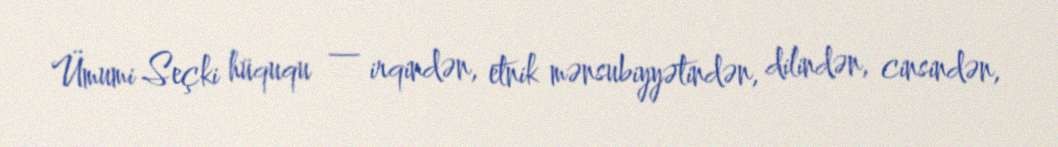
Ümumi Seçki hüququ — irqindən, etnik mənsubiyyətindən, dilindən, cinsindən,